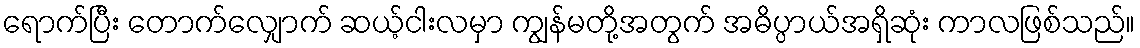
ရောက်ပြီး တောက်လျှောက် ဆယ့်ငါးလမှာ ကျွန်မတို့အတွက် အဓိပ္ပာယ်အရှိဆုံး ကာလဖြစ်သည်။